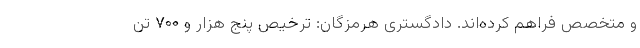
و متخصص فراهم کرده‌اند. دادگستری هرمزگان: ترخیص پنج هزار و ۷۰۰ تُن